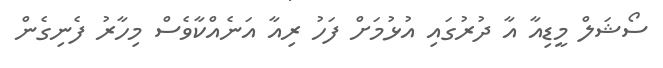
ސޯޝަލް މީޑިއާ އާ ދުރުގައި އުޅުމަށް ފަހު ރިއާ އަނެއްކާވެސް މިހާރު ފެނިގެން